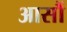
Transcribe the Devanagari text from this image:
आसौं